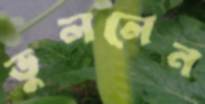
ভুললেন